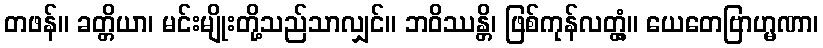
တဖန်။ ခတ္တိယာ၊ မင်းမျိုးတို့သည်သာလျှင်။ ဘဝိဿန္တိ၊ ဖြစ်ကုန်လတ္တံ့။ ယေတေဗြာဟ္မဏာ၊